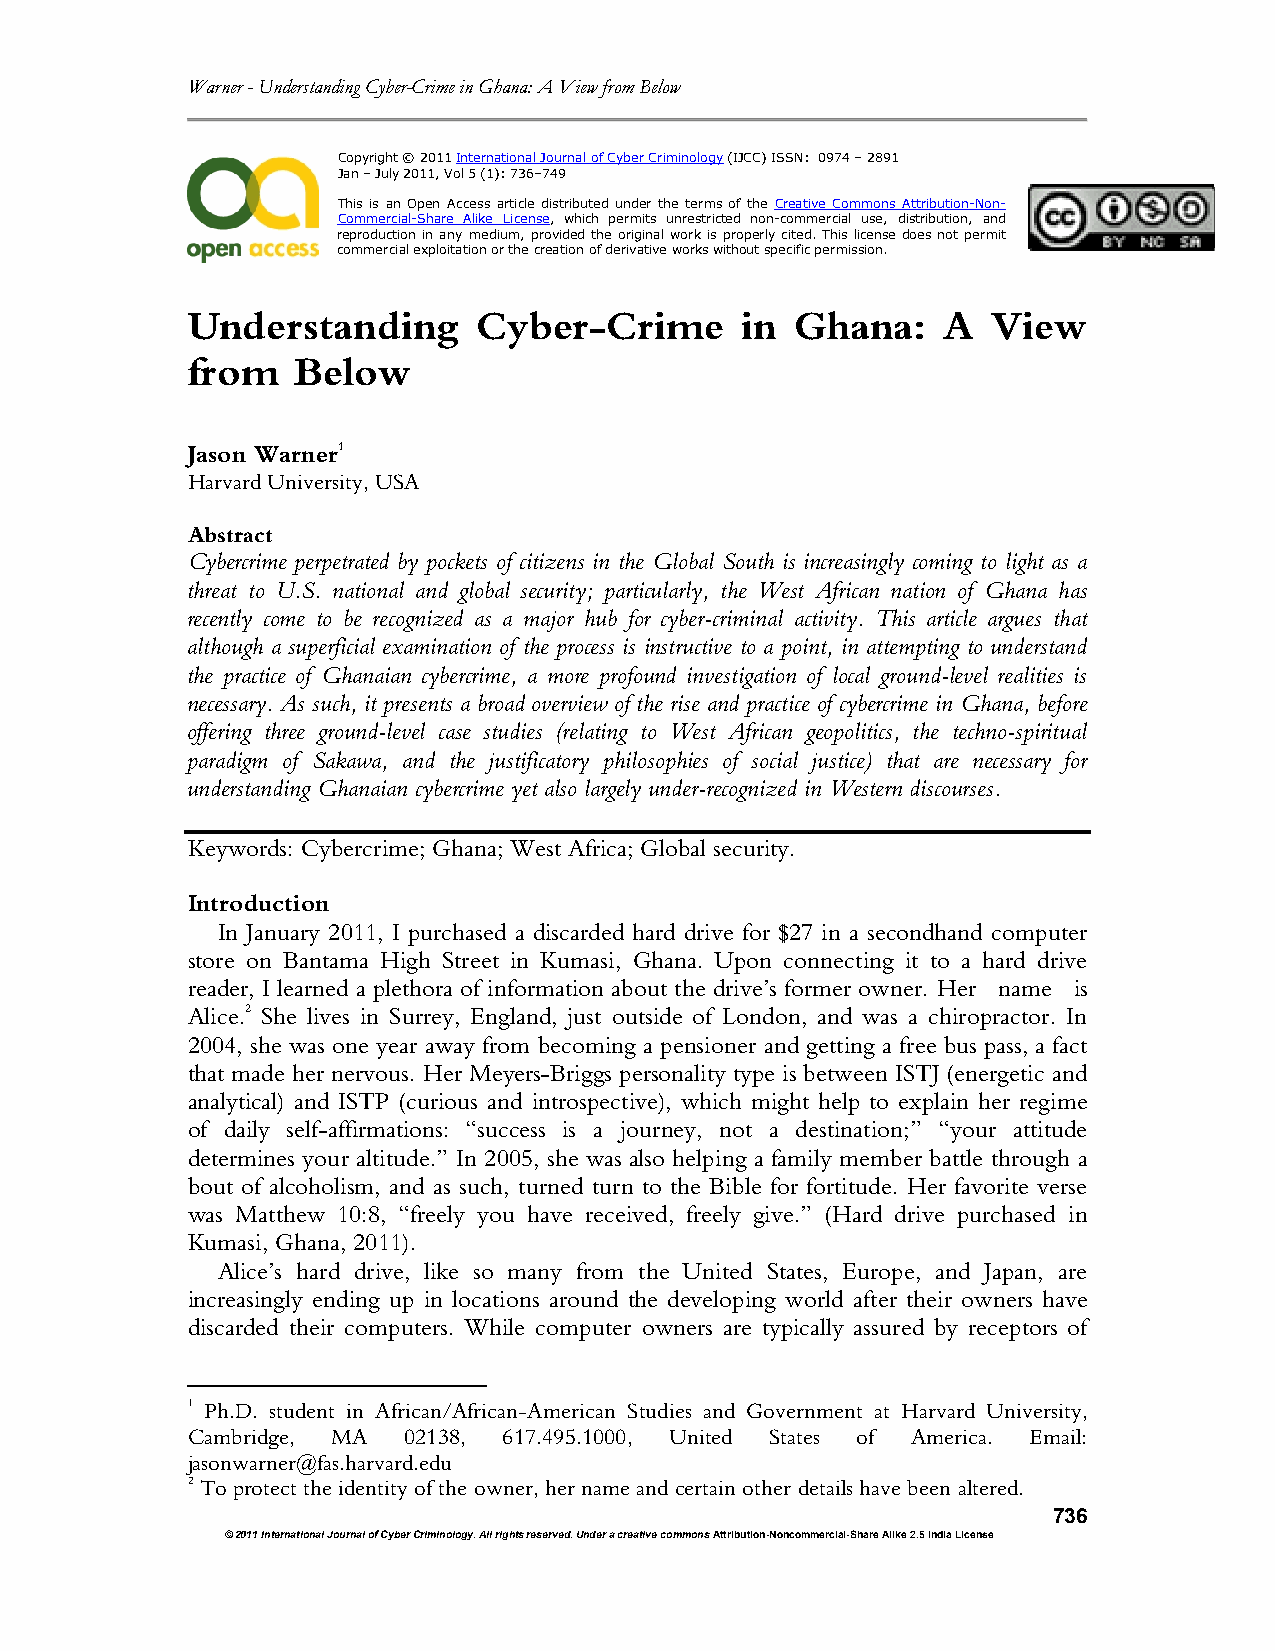
Warner - Understanding Cyber-Crime in Ghana: A View from Below
 Copyright © 2011 International Journal of Cyber Criminology (IJCC) ISSN: 0974 – 2891
 Jan – July 2011, Vol 5 (1): 736–749
 This is an Open Access article distributed under the terms of the Creative Commons Attribution-Non-
 Commercial-Share Alike License, which permits unrestricted non-commercial use, distribution, and
 reproduction in any medium, provided the original work is properly cited. This license does not permit
 commercial exploitation or the creation of derivative works without specific permission.
 Understanding       Cyber-Crime      in  Ghana:    A  View
 from   Below
 Jason Warner1
 Harvard University, USA
 Abstract
 Cybercrime perpetrated by pockets of citizens in the Global South is increasingly coming to light as a
 threat to U.S. national and global security; particularly, the West African nation of Ghana has
 recently come to be recognized as a major hub for cyber-criminal activity. This article argues that
 although a superficial examination of the process is instructive to a point, in attempting to understand
 the practice of Ghanaian cybercrime, a more profound investigation of local ground-level realities is
 necessary. As such, it presents a broad overview of the rise and practice of cybercrime in Ghana, before
 offering three ground-level case studies (relating to West African geopolitics, the techno-spiritual
 paradigm of Sakawa, and the justificatory philosophies of social justice) that are necessary for
 understanding Ghanaian cybercrime yet also largely under-recognized in Western discourses.
 Keywords: Cybercrime; Ghana; West Africa; Global security.
 Introduction
 In January 2011, I purchased a discarded hard drive for $27 in a secondhand computer
 store on Bantama High Street in Kumasi, Ghana. Upon connecting it to a hard drive
 reader, I learned a plethora of information about the drive’s former owner. Her name is
 Alice.2 She lives in Surrey, England, just outside of London, and was a chiropractor. In
 2004, she was one year away from becoming a pensioner and getting a free bus pass, a fact
 that made her nervous. Her Meyers-Briggs personality type is between ISTJ (energetic and
 analytical) and ISTP (curious and introspective), which might help to explain her regime
 of daily self-affirmations: “success is a journey, not a destination;” “your attitude
 determines your altitude.” In 2005, she was also helping a family member battle through a
 bout of alcoholism, and as such, turned turn to the Bible for fortitude. Her favorite verse
 was Matthew 10:8, “freely you have received, freely give.” (Hard drive purchased in
 Kumasi, Ghana, 2011).
 Alice’s hard drive, like so many from the United States, Europe, and Japan, are
 increasingly ending up in locations around the developing world after their owners have
 discarded their computers. While computer owners are typically assured by receptors of
 1 Ph.D. student in African/African-American Studies and Government at Harvard University,
 Cambridge, MA  02138, 617.495.1000, United States of America. Email:
 jasonwarner@fas.harvard.edu
 2 To protect the identity of the owner, her name and certain other details have been altered.
 736
 © 2011 International Journal of Cyber Criminology. All rights reserved. Under a creative commons Attribution-Noncommercial-Share Alike 2.5 India License